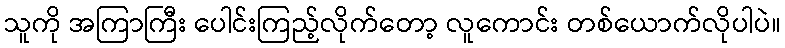
သူကို အကြာကြီး ပေါင်းကြည့်လိုက်တော့ လူကောင်း တစ်ယောက်လိုပါပဲ။